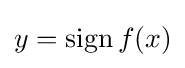
y=\operatorname {sign} {f(x)}